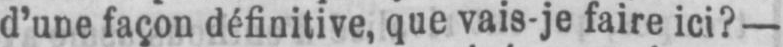
d’une façon définitive, que vais-je faire ici? -